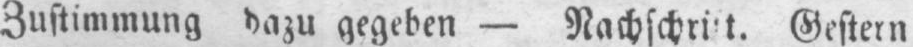
Gestern